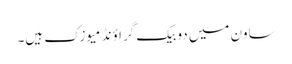
ساون میں دو بیک گراؤنڈ میوزک ہیں۔